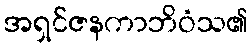
အရှင်ဇနကာဘိဝံသ၏